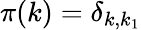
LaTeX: \pi(k)=\delta_{k,k_{1}}